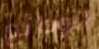
الودائع